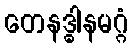
တေနဒ္ဓါနမဂ္ဂံ